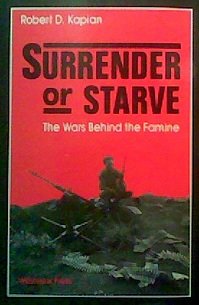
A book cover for Surrender or Starve: The Wars Behind the Famine; Robert D. Kaplan; Travel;